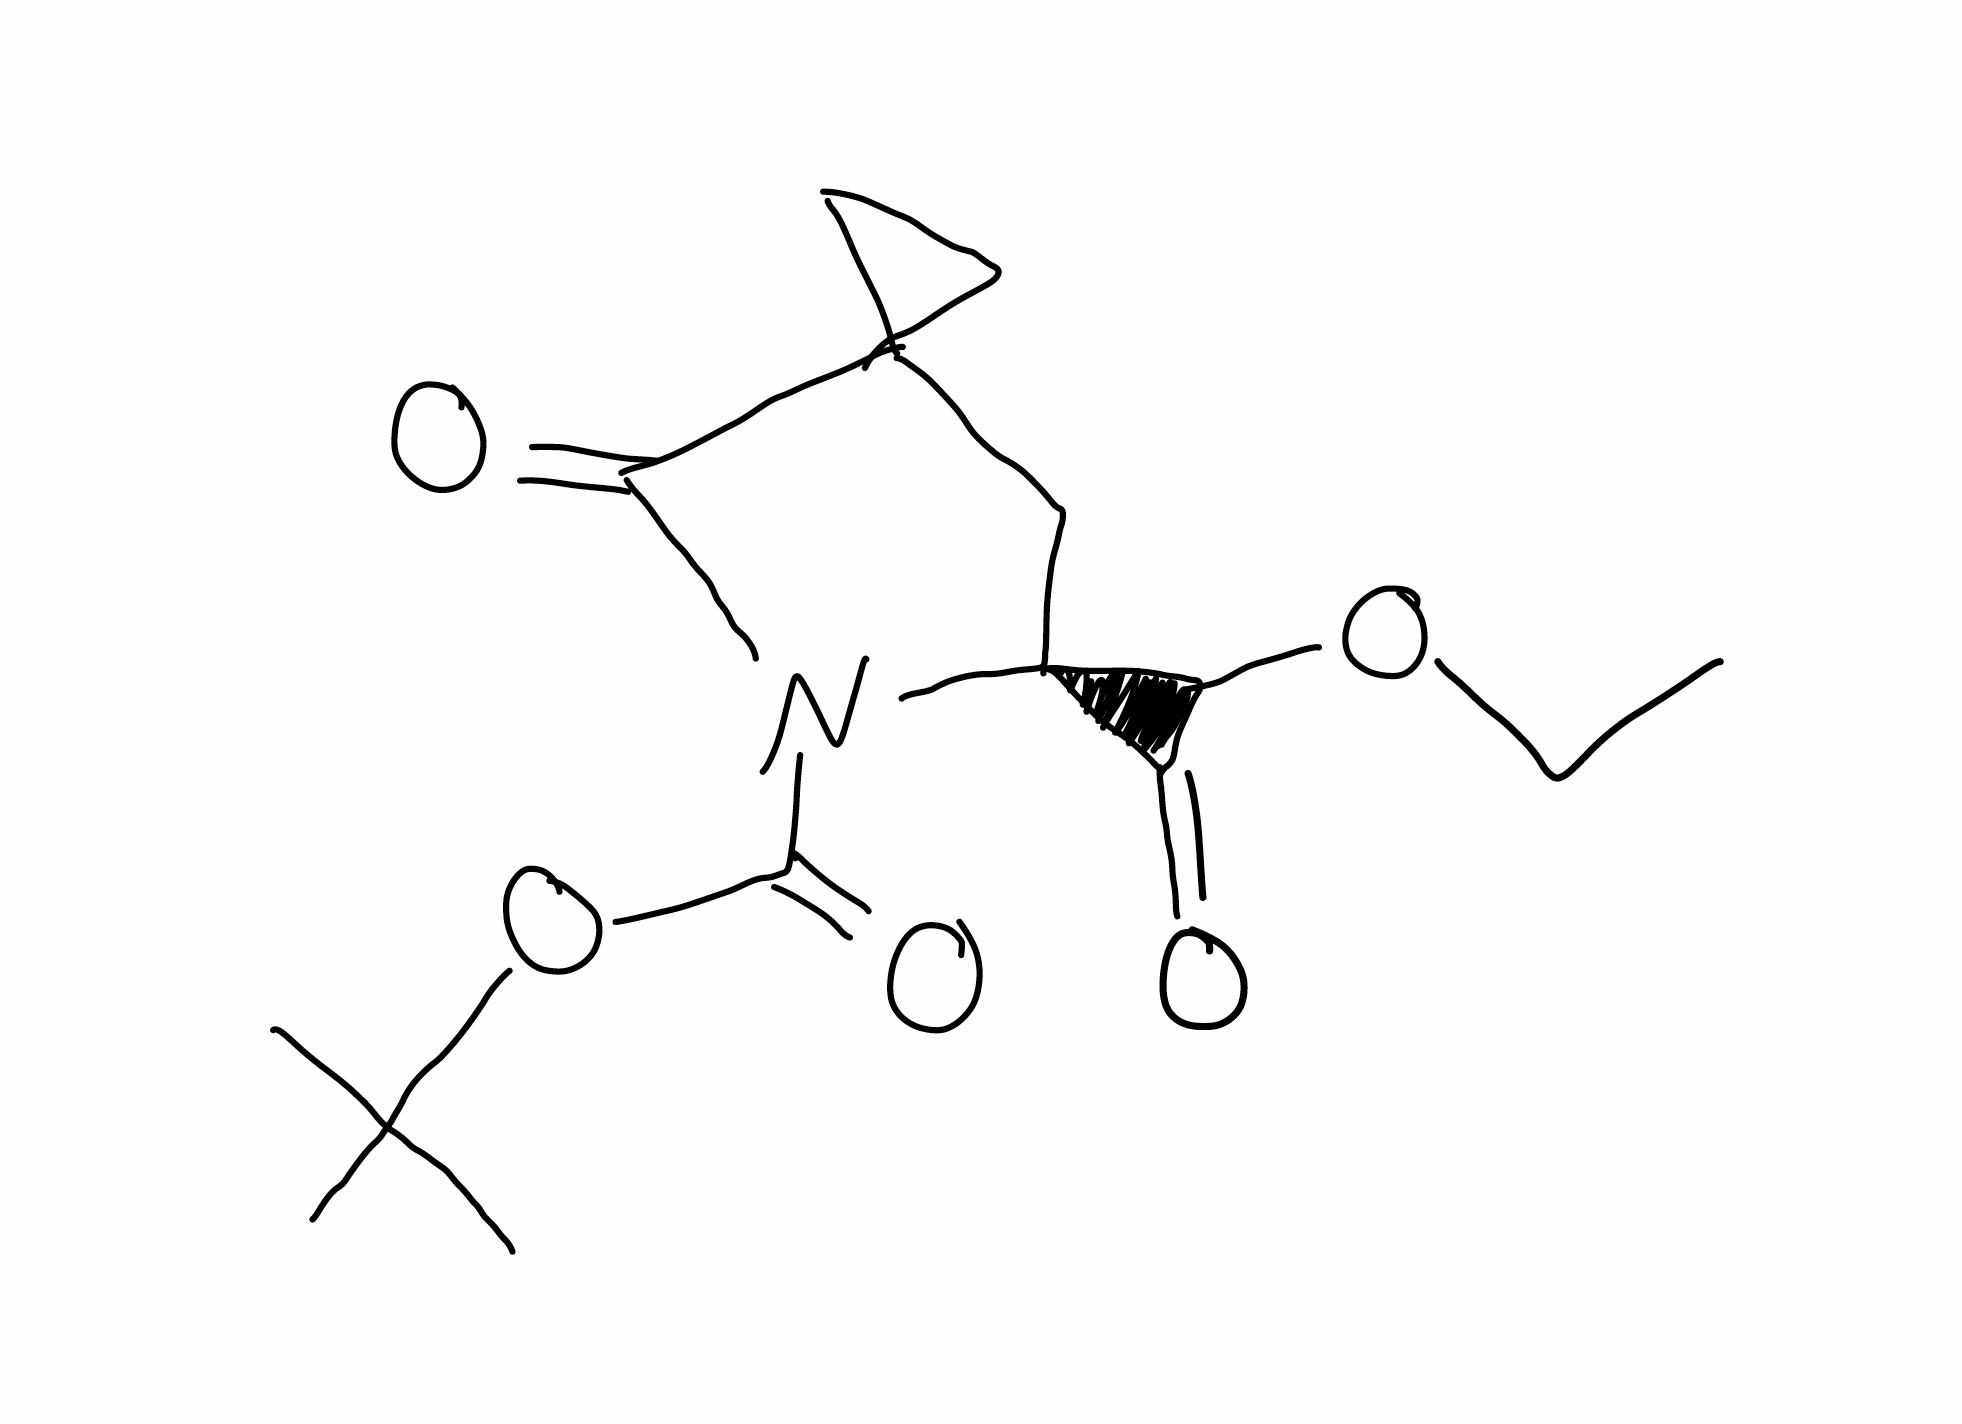
Simplified molecular-input line-entry system (SMILES) notation of the given molecule:
CCOC(=O)[C@@H]1CC2(CC2)C(=O)N1C(=O)OC(C)(C)C